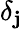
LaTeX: \delta_{\mathbf{j}}